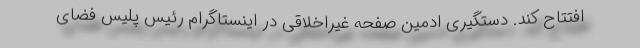
افتتاح کند. دستگیری ادمین صفحه غیراخلاقی در اینستاگرام رئیس پلیس فضای